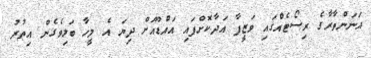
އަނަންތާރާގެ ރިސޯޓެއްގައި ވަޒީފާ އަދާކޮށްފައި އައްޑޫއަށް ދިޔަ އެ މީހާ ބަލިވެގެން އިތުރު